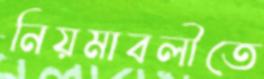
নিয়মাবলীতে